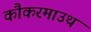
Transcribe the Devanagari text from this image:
कौकरमाउथ